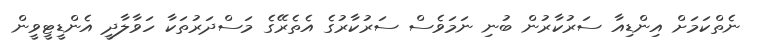
ނެތްކަމަށް އިންޑިއާ ސަރުކާރުން ބުނި ނަމަވެސް ސަރުކާރުގެ އެތެރޭގެ މަސްދަރުތަކާ ހަވާލާދީ އެންޑީޓީވީން